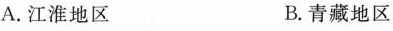
A.江淮地区 B.青藏地区